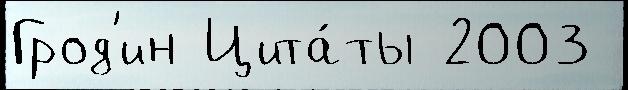
Грод'ин Цита́ты 2003